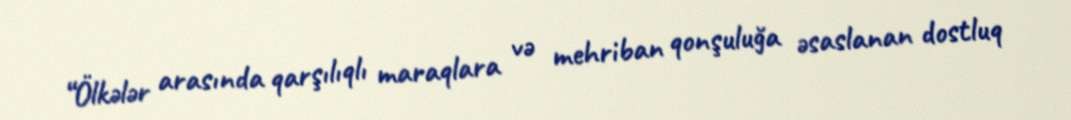
“Ölkələr arasında qarşılıqlı maraqlara və mehriban qonşuluğa əsaslanan dostluq